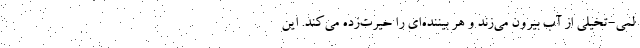
لمی-تخیلی از آب بیرون می‌زند و هر بیننده‌ای را حیرت‌زده می‌کند. این